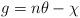
LaTeX: \begin{align*}g=n\theta-\chi\end{align*}